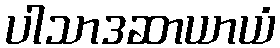
ပါသာဒဆာယာယံ